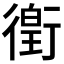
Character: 𫋯